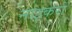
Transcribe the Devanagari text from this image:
नाइकरों